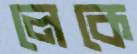
লেকে